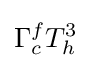
\Gamma _{c}^{f}T_{h}^{3}